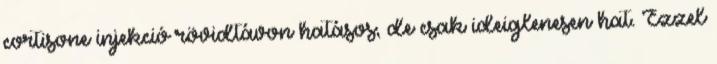
cortisone injekció rövidtávon hatásos, de csak ideiglenesen hat. Ezzel